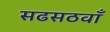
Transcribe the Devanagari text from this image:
सढसठवाँ